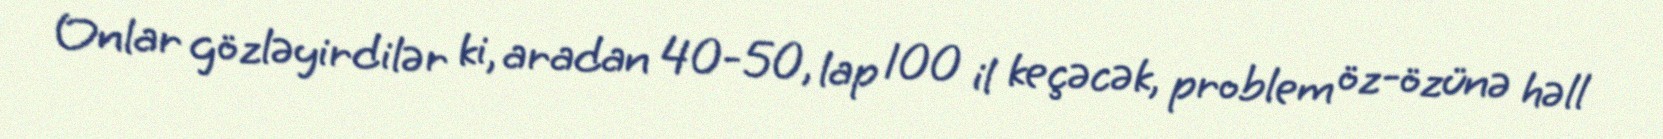
Onlar gözləyirdilər ki, aradan 40-50, lap 100 il keçəcək, problem öz-özünə həll